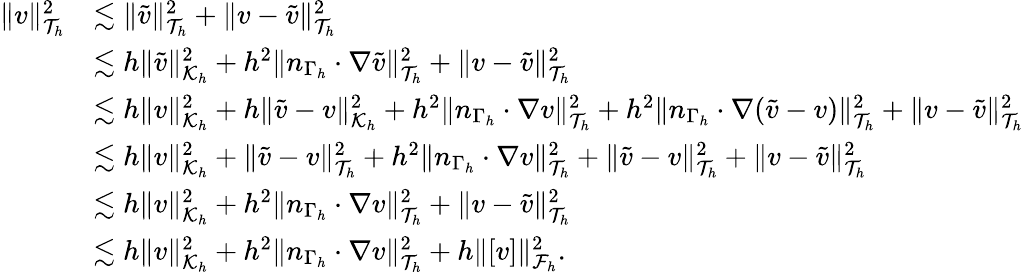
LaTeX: \begin{array}{rl}{\| v\| _{\mathcal{T}_{h}}^{2}}&{\lesssim\| \widetilde{v}\| _{\mathcal{T}_{h}}^{2}+\| v-\widetilde{v}\| _{\mathcal{T}_{h}}^{2}}\\ &{\lesssim h\| \widetilde{v}\| _{\mathcal{K}_{h}}^{2}+h^{2}\| n_{\Gamma_{h}}\cdot\nabla\widetilde{v}\| _{\mathcal{T}_{h}}^{2}+\| v-\widetilde{v}\| _{\mathcal{T}_{h}}^{2}}\\ &{\lesssim h\| v\| _{\mathcal{K}_{h}}^{2}+h\| \widetilde{v}-v\| _{\mathcal{K}_{h}}^{2}+h^{2}\| n_{\Gamma_{h}}\cdot\nabla v\| _{\mathcal{T}_{h}}^{2}+h^{2}\| n_{\Gamma_{h}}\cdot\nabla(\widetilde{v}-v)\| _{\mathcal{T}_{h}}^{2}+\| v-\widetilde{v}\| _{\mathcal{T}_{h}}^{2}}\\ &{\lesssim h\| v\| _{\mathcal{K}_{h}}^{2}+\| \widetilde{v}-v\| _{\mathcal{T}_{h}}^{2}+h^{2}\| n_{\Gamma_{h}}\cdot\nabla v\| _{\mathcal{T}_{h}}^{2}+\| \widetilde{v}-v\| _{\mathcal{T}_{h}}^{2}+\| v-\widetilde{v}\| _{\mathcal{T}_{h}}^{2}}\\ &{\lesssim h\| v\| _{\mathcal{K}_{h}}^{2}+h^{2}\| n_{\Gamma_{h}}\cdot\nabla v\| _{\mathcal{T}_{h}}^{2}+\| v-\widetilde v\| _{\mathcal{T}_{h}}^{2}}\\ &{\lesssim h\| v\| _{\mathcal{K}_{h}}^{2}+h^{2}\| n_{\Gamma_{h}}\cdot\nabla v\| _{\mathcal{T}_{h}}^{2}+h\| [v]\| _{\mathcal{F}_{h}}^{2}.}\end{array}